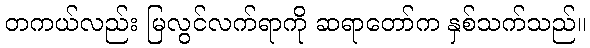
တကယ်လည်း မြလွင်လက်ရာကို ဆရာတော်က နှစ်သက်သည်။